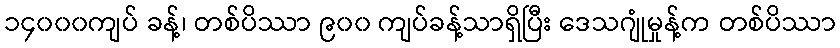
၁၄၀၀၀ကျပ် ခန့်၊ တစ်ပိဿာ ၉၀၀ ကျပ်ခန့်သာရှိပြီး ဒေသဂျုံမှုန့်က တစ်ပိဿာ